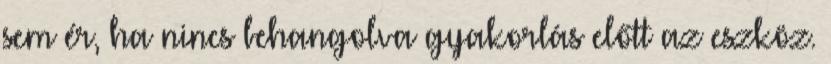
sem ér, ha nincs behangolva gyakorlás előtt az eszköz.